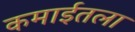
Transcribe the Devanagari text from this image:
कमाईतला